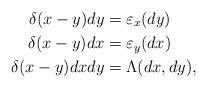
LaTeX: \begin{align*}\delta(x-y)dy &= \varepsilon_x(dy)\\ \delta(x-y)dx &= \varepsilon_y(dx)\\ \delta(x-y)dxdy& = \Lambda(dx,dy),\end{align*}